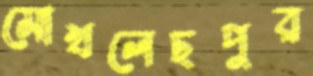
মোখলেছপুর